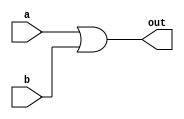
module OR_behaviour(a, b, out);

	 input [31:0] a;  // 32-bit input data
    input [31:0] b;  // 32-bit input data
    output [31:0] out;  // 32-bit output data
	 
	 assign out = a | b;

endmodule